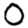
Digit: 0